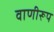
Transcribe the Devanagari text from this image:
वाणीरूप